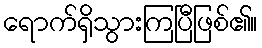
ရောက်ရှိသွားကြပြီဖြစ်၏။